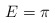
\begin{align*}E=\pi\end{align*}